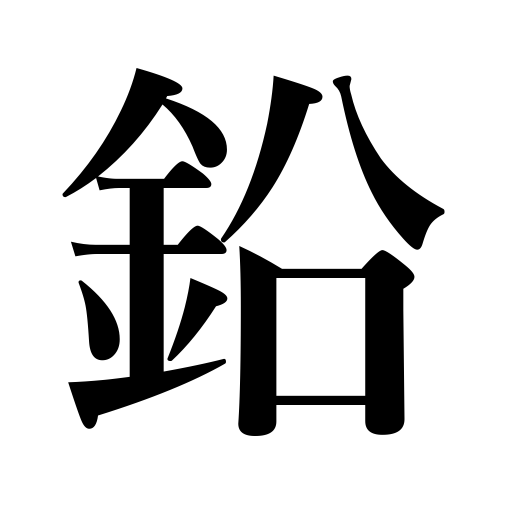
Meanings: leadmetal